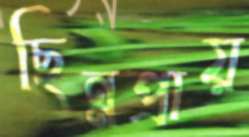
ছিন্নপ্রায়